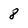
Character: 8